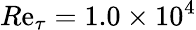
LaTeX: R\mathrm{e}_{\tau}=1.0\times10^{4}